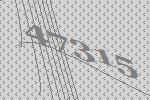
47315